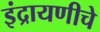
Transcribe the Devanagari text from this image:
इंद्रायणीचे